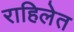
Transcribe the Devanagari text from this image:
राहिलेत